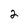
Character: 2